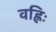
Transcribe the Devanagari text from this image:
वह्निः